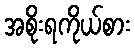
အစိုးရကိုယ်စား